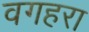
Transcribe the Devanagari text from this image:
वगहरा